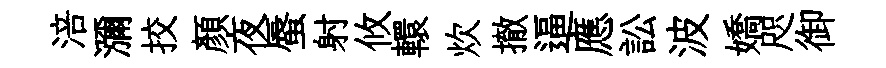
涪瀰挍顔夜蜃射攸轘炊撤逼應訟波嬌咫御